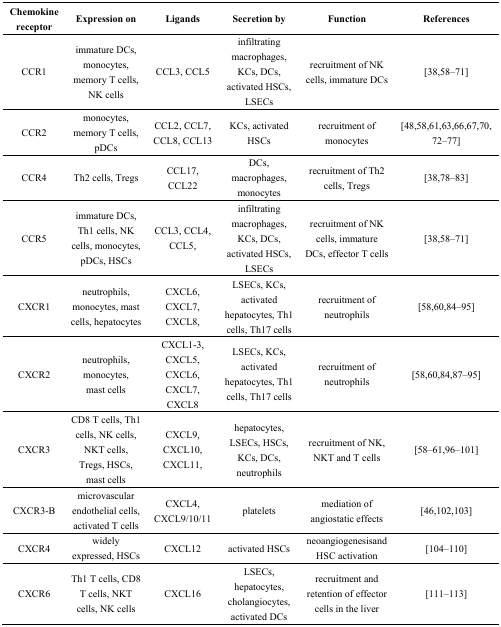
| Chemokine receptor | Expression on | Ligands | Secretion by | Function | References |
 | --- | --- | --- | --- | --- | --- |
 | CCR1 | immature DCs, monocytes, memory T cells, NK cells | CCL3, CCL5 | infiltrating macrophages, KCs, DCs, activated HSCs, LSECs | recruitment of NK cells, immature DCs | [38,58–71] |
 | CCR2 | monocytes, memory T cells, pDCs | CCL2, CCL7, CCL8, CCL13 | KCs, activated HSCs | recruitment of monocytes | [48,58,61,63,66,67,70, 72–77] |
 | CCR4 | Th2 cells, Tregs | CCL17, CCL22 | DCs, macrophages, monocytes | recruitment of Th2 cells, Tregs | [38,78–83] |
 | CCR5 | immature DCs, Th1 cells, NK cells, monocytes, pDCs, HSCs | CCL3, CCL4, CCL5, | infiltrating macrophages, KCs, DCs, activated HSCs, LSECs | recruitment of NK cells, immature DCs, effector T cells | [38,58–71] |
 | CXCR1 | neutrophils, monocytes, mast cells, hepatocytes | CXCL6, CXCL7, CXCL8, | LSECs, KCs, activated hepatocytes, Th1 cells, Th17 cells | recruitment of neutrophils | [58,60,84–95] |
 | CXCR2 | neutrophils, monocytes, mast cells | CXCL1-3, CXCL5, CXCL6, CXCL7, CXCL8 | LSECs, KCs, activated hepatocytes, Th1 cells, Th17 cells | recruitment of neutrophils | [58,60,84,87–95] |
 | CXCR3 | CD8 T cells, Th1 cells, NK cells, NKT cells, Tregs, HSCs, mast cells | CXCL9, CXCL10, CXCL11, | hepatocytes, LSECs, HSCs, KCs, DCs, neutrophils | recruitment of NK, NKT and T cells | [58–61,96–101] |
 | CXCR3-B | microvascular endothelial cells, activated T cells | CXCL4, CXCL9/10/11 | platelets | mediation of angiostatic effects | [46,102,103] |
 | CXCR4 | widely expressed, HSCs | CXCL12 | activated HSCs | neoangiogenesisand HSC activation | [104–110] |
 | CXCR6 | Th1 T cells, CD8 T cells, NKT cells, NK cells | CXCL16 | LSECs, hepatocytes, cholangiocytes, activated DCs | recruitment and retention of effector cells in the liver | [111–113] |